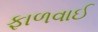
ફાળવાઈ